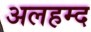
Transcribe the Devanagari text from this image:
अलहम्द